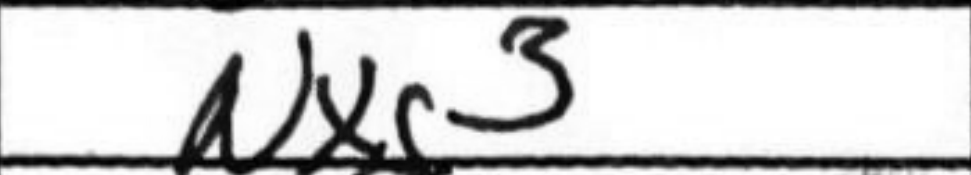
Transcription: Nxg3